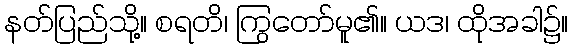
နတ်ပြည်သို့။ စရတိ၊ ကြွတော်မူ၏။ ယဒ၊ ထိုအခါ၌။